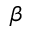
\beta